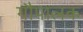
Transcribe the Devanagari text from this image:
गौपालक